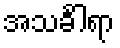
အသင်္ခါရာ